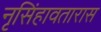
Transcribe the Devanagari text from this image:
नृसिंहावतारास